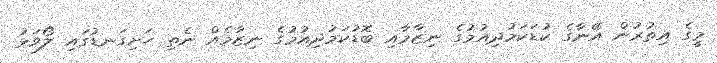
މީގެ އިތުރުން އޭނާގެ ކުޑަކަމުދިއުމުގެ ނިޒާމާއި ބޮޑުކަމުދިއުމުގެ ނިޒާމެއް ނެތި ހަށިގަނޑުގައި ލޯވަޅު